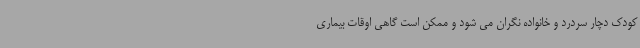
کودک دچار سردرد و خانواده نگران می شود و ممکن است گاهی اوقات بیماری